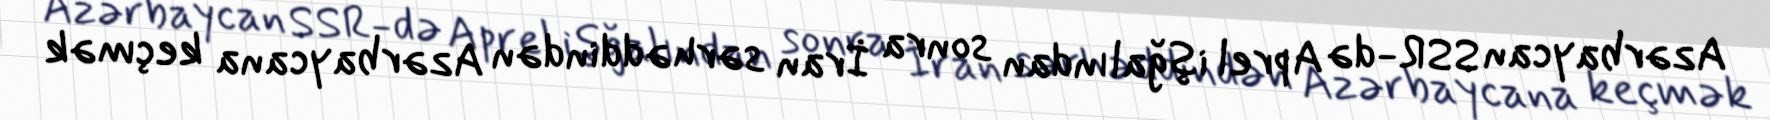
Azərbaycan SSR-də Aprel işğalından sonra İran sərhəddindən Azərbaycana keçmək